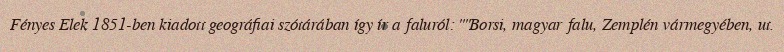
Fényes Elek 1851-ben kiadott geográfiai szótárában így ír a faluról: ""Borsi, magyar falu, Zemplén vármegyében, ut.